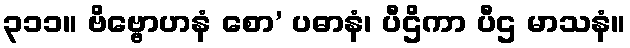
၃၁၁။ ဗိဗ္ဗောဟနံ စော’ ပဓာနံ၊ ပီဌိကာ ပီဌ မာသနံ။